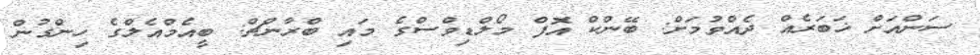
ސަންއަށް ޚަބަރެއް ދެއްވުމަށް: ބޭންކް އޮފް މޯލްޑިވްސްގެ މައި ބްރާންޗް: ބީއެމްއެލްގެ ހިންގުން